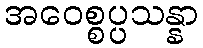
အဝေစ္စပ္ပသန္နာ